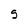
Character: S